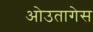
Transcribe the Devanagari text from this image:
ओउतागेस